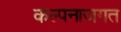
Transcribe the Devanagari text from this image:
कल्पनाजगत